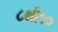
૮થી૧૦